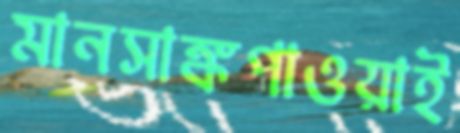
মানসাঙ্কপাওয়াই